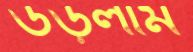
উড়লাম